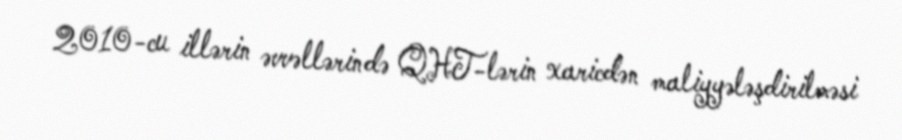
2010-cu illərin əvvəllərində QHT-lərin xaricdən maliyyələşdirilməsi